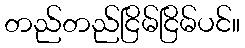
တည်တည်ငြိမ်ငြိမ်ပင်။